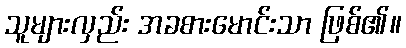
သူများလှည်း အခစားမောင်းသာ ဖြစ်၏။